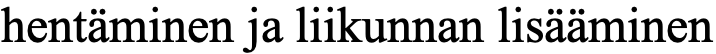
hentäminen ja liikunnan lisääminen